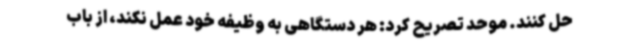
حل کنند. موحد تصریح کرد: هر دستگاهی به وظیفه خود عمل نکند، از باب